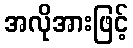
အလိုအားဖြင့်